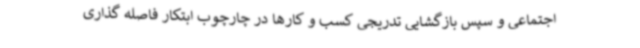
اجتماعی و سپس بازگشایی تدریجی کسب و کارها در چارچوب ابتکار فاصله گذاری